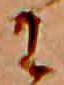
に